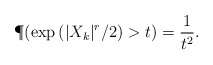
\begin{align*}\P(\exp{(|X_k|^r/2)} > t) = \frac{1}{t^2}.\end{align*}